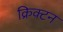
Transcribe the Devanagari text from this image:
क्रिक्टन